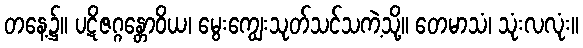
တနေ့၌။ ပဋိဇဂ္ဂန္တောဝိယ၊ မွေးကျွေးသုတ်သင်သကဲ့သို့။ တေမာသံ၊ သုံးလလုံး။